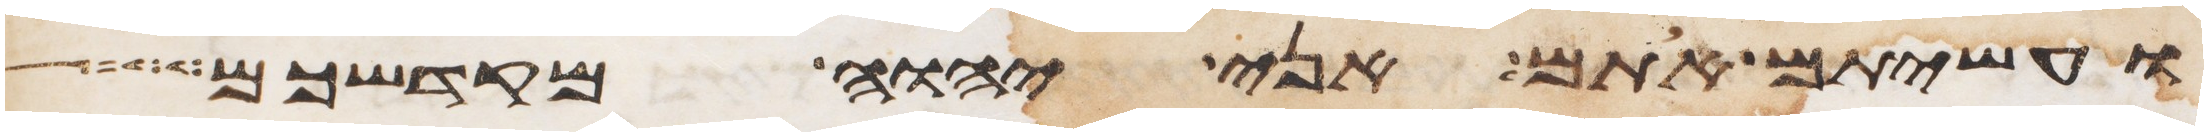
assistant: ועשיתם אתם אני יהוה מקדשכם